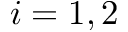
i = 1 , 2